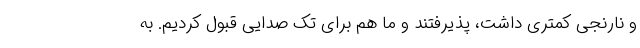
و نارنجی کمتری داشت، پذیرفتند و ما هم برای تک صدایی قبول کردیم. به